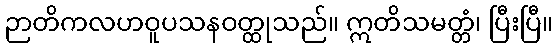
ဉာတိကလဟဝူပသနဝတ္ထုသည်။ ဣတိသမတ္တံ၊ ပြီးပြီ။